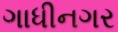
ગાધીનગર